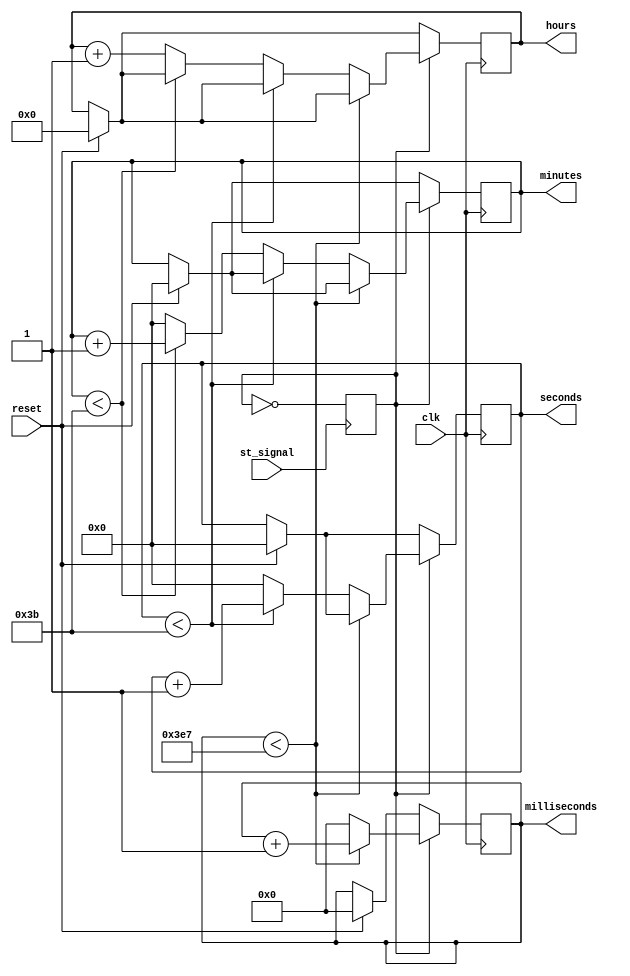
// Modulo que se encarga de determinar el estado
//del cronometro dependiendo del input.

module counter(
  clk,		
  st_signal,
  reset,
  hours,
  minutes,
  seconds,
  milliseconds
);

    input st_signal;
    input reset;
    output reg[3:0] hours;
    output reg[5:0] minutes;
    output reg[5:0] seconds;
    output reg[9:0] milliseconds;
	 reg state;

    input clk;
    
    initial begin
      hours=0; //Pongo el contador en su estado inicial
      minutes=0;
      seconds=0;
      milliseconds=0;
		state=0; //Empieza sin contar.
    end
	 always @(posedge st_signal) begin
		state <= ~state;
	 end
	 
    always @(posedge clk)
        begin
          if(reset)
            begin

            hours<=0; //Pongo el contador en su estado inicial
            minutes<=0;
            seconds<=0;
            milliseconds<=0;
              
            end

            if(state) begin
                //Actualizo milisegundos
                if(milliseconds < 999)
                    milliseconds<= milliseconds+1;
                else
                    begin
                    milliseconds<=0;
                    //Actualizo los segundos
                        if(seconds<59)
                            seconds<= seconds+1;
                        else
                            begin
                              seconds<=0;
                              //Actualizo los minutos
                              if(minutes<59)
                                begin
                                  minutes<= minutes+1;
                                end
                              else
                                begin
                                  minutes<=0;
                                  //Actualizo las horas
                                  hours <= hours+1;
                                end  
                            end
                    end
				end
            
        end




endmodule // counter